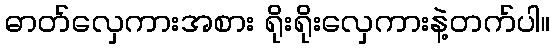
ဓာတ်လှေကားအစား ရိုးရိုးလှေကားနဲ့တက်ပါ။